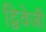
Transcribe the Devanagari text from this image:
द्विवेजी